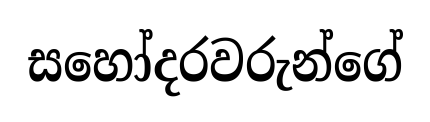
සහෝදරවරුන්ගේ